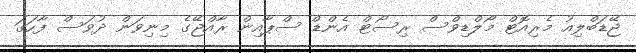
ޖޭޑަބްލިއު މެރިއޮޓް މޯލްޑިވްސް ރިސޯޓް އެންޑް ސްޕާއިން ރާއްޖޭގެ މިނިވަން ދުވަސް ފާހަގަ